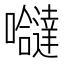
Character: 𭌸